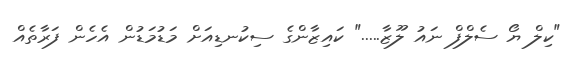
"ކިލް ޔޯ ސެލްފް ނައު ލޫޒާ....." ކައިޒާންގެ ސިކުނޑިއަށް މަޑުމަޑުން އެހެން ފަރާތެއް